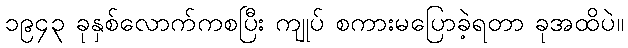
၁၉၄၃ ခုနှစ်လောက်ကစပြီး ကျုပ် စကားမပြောခဲ့ရတာ ခုအထိပဲ။